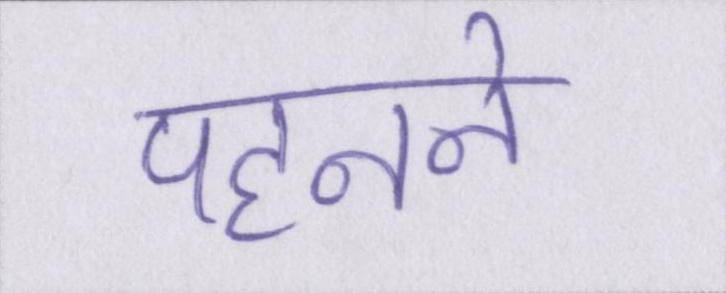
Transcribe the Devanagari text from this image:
पहनने